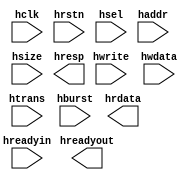

module duh_test(
    input hclk,
    input hrstn,

    input   hsel,
    input   hwrite,
    input   hreadyin,
    input   [9:0]  haddr,
    input   [31:0] hwdata,
    input   [1:0]  htrans,
    input   [2:0]  hsize,
    input   [2:0]  hburst,
    output  hreadyout,
    output  [1:0]  hresp,
    output  reg [31:0] hrdata
);

endmodule